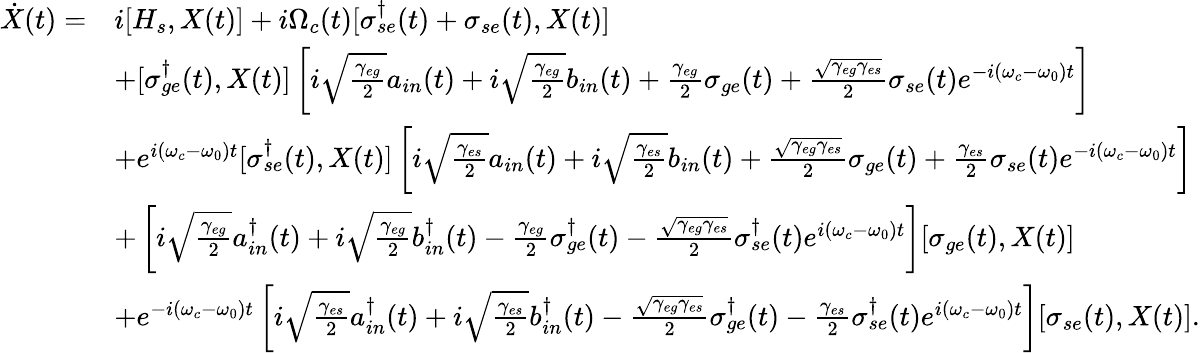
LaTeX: \begin{array}{rl}{\dot{X}(t)=}&{i[H_{s},X(t)]+i\Omega_{c}(t)[\sigma_{se}^{\dagger}(t)+\sigma_{se}(t),X(t)]}\\ &{+[\sigma_{ge}^{\dagger}(t),X(t)]\left[i\sqrt{\frac{\gamma_{eg}}{2}}a_{in}(t)+i\sqrt{\frac{\gamma_{eg}}{2}}b_{in}(t)+\frac{\gamma_{eg}}{2}\sigma_{ge}(t)+\frac{\sqrt{\gamma_{eg}\gamma_{es}}}{2}\sigma_{se}(t)e^{-i(\omega_{c}-\omega_{0})t}\right]}\\ &{+e^{i(\omega_{c}-\omega_{0})t}[\sigma_{se}^{\dagger}(t),X(t)]\left[i\sqrt{\frac{\gamma_{es}}{2}}a_{in}(t)+i\sqrt{\frac{\gamma_{es}}{2}}b_{in}(t)+\frac{\sqrt{\gamma_{eg}\gamma_{es}}}{2}\sigma_{ge}(t)+\frac{\gamma_{es}}{2}\sigma_{se}(t)e^{-i(\omega_{c}-\omega_{0})t}\right]}\\ &{+\left[i\sqrt{\frac{\gamma_{eg}}{2}}a_{in}^{\dagger}(t)+i\sqrt{\frac{\gamma_{eg}}{2}}b_{in}^{\dagger}(t)-\frac{\gamma_{eg}}{2}\sigma_{ge}^{\dagger}(t)-\frac{\sqrt{\gamma_{eg}\gamma_{es}}}{2}\sigma_{se}^{\dagger}(t)e^{i(\omega_{c}-\omega_{0})t}\right][\sigma_{ge}(t),X(t)]}\\ &{+e^{-i(\omega_{c}-\omega_{0})t}\left[i\sqrt{\frac{\gamma_{es}}{2}}a_{in}^{\dagger}(t)+i\sqrt{\frac{\gamma_{es}}{2}}b_{in}^{\dagger}(t)-\frac{\sqrt{\gamma_{eg}\gamma_{es}}}{2}\sigma_{ge}^{\dagger}(t)-\frac{\gamma_{es}}{2}\sigma_{se}^{\dagger}(t)e^{i(\omega_{c}-\omega_{0})t}\right][\sigma_{se}(t),X(t)].}\end{array}